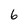
Character: 6